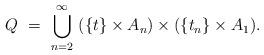
LaTeX: \begin{align*}Q \ = \ \bigcup_{n=2}^{\infty} \ ( \{ t \} \times A_n) \times (\{ t_n \} \times A_1).\end{align*}